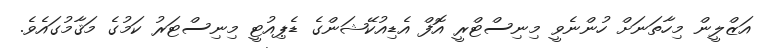
އަޒްލީން މިހާތަނަށް ހުންނެވީ މިނިސްޓްރީ އޮފް އެޑިއުކޭޝަންގެ ޑެޕިއުޓީ މިނިސްޓަރު ކަމުގެ މަޤާމުގައެވެ.